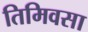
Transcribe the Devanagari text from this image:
तिमिवसा